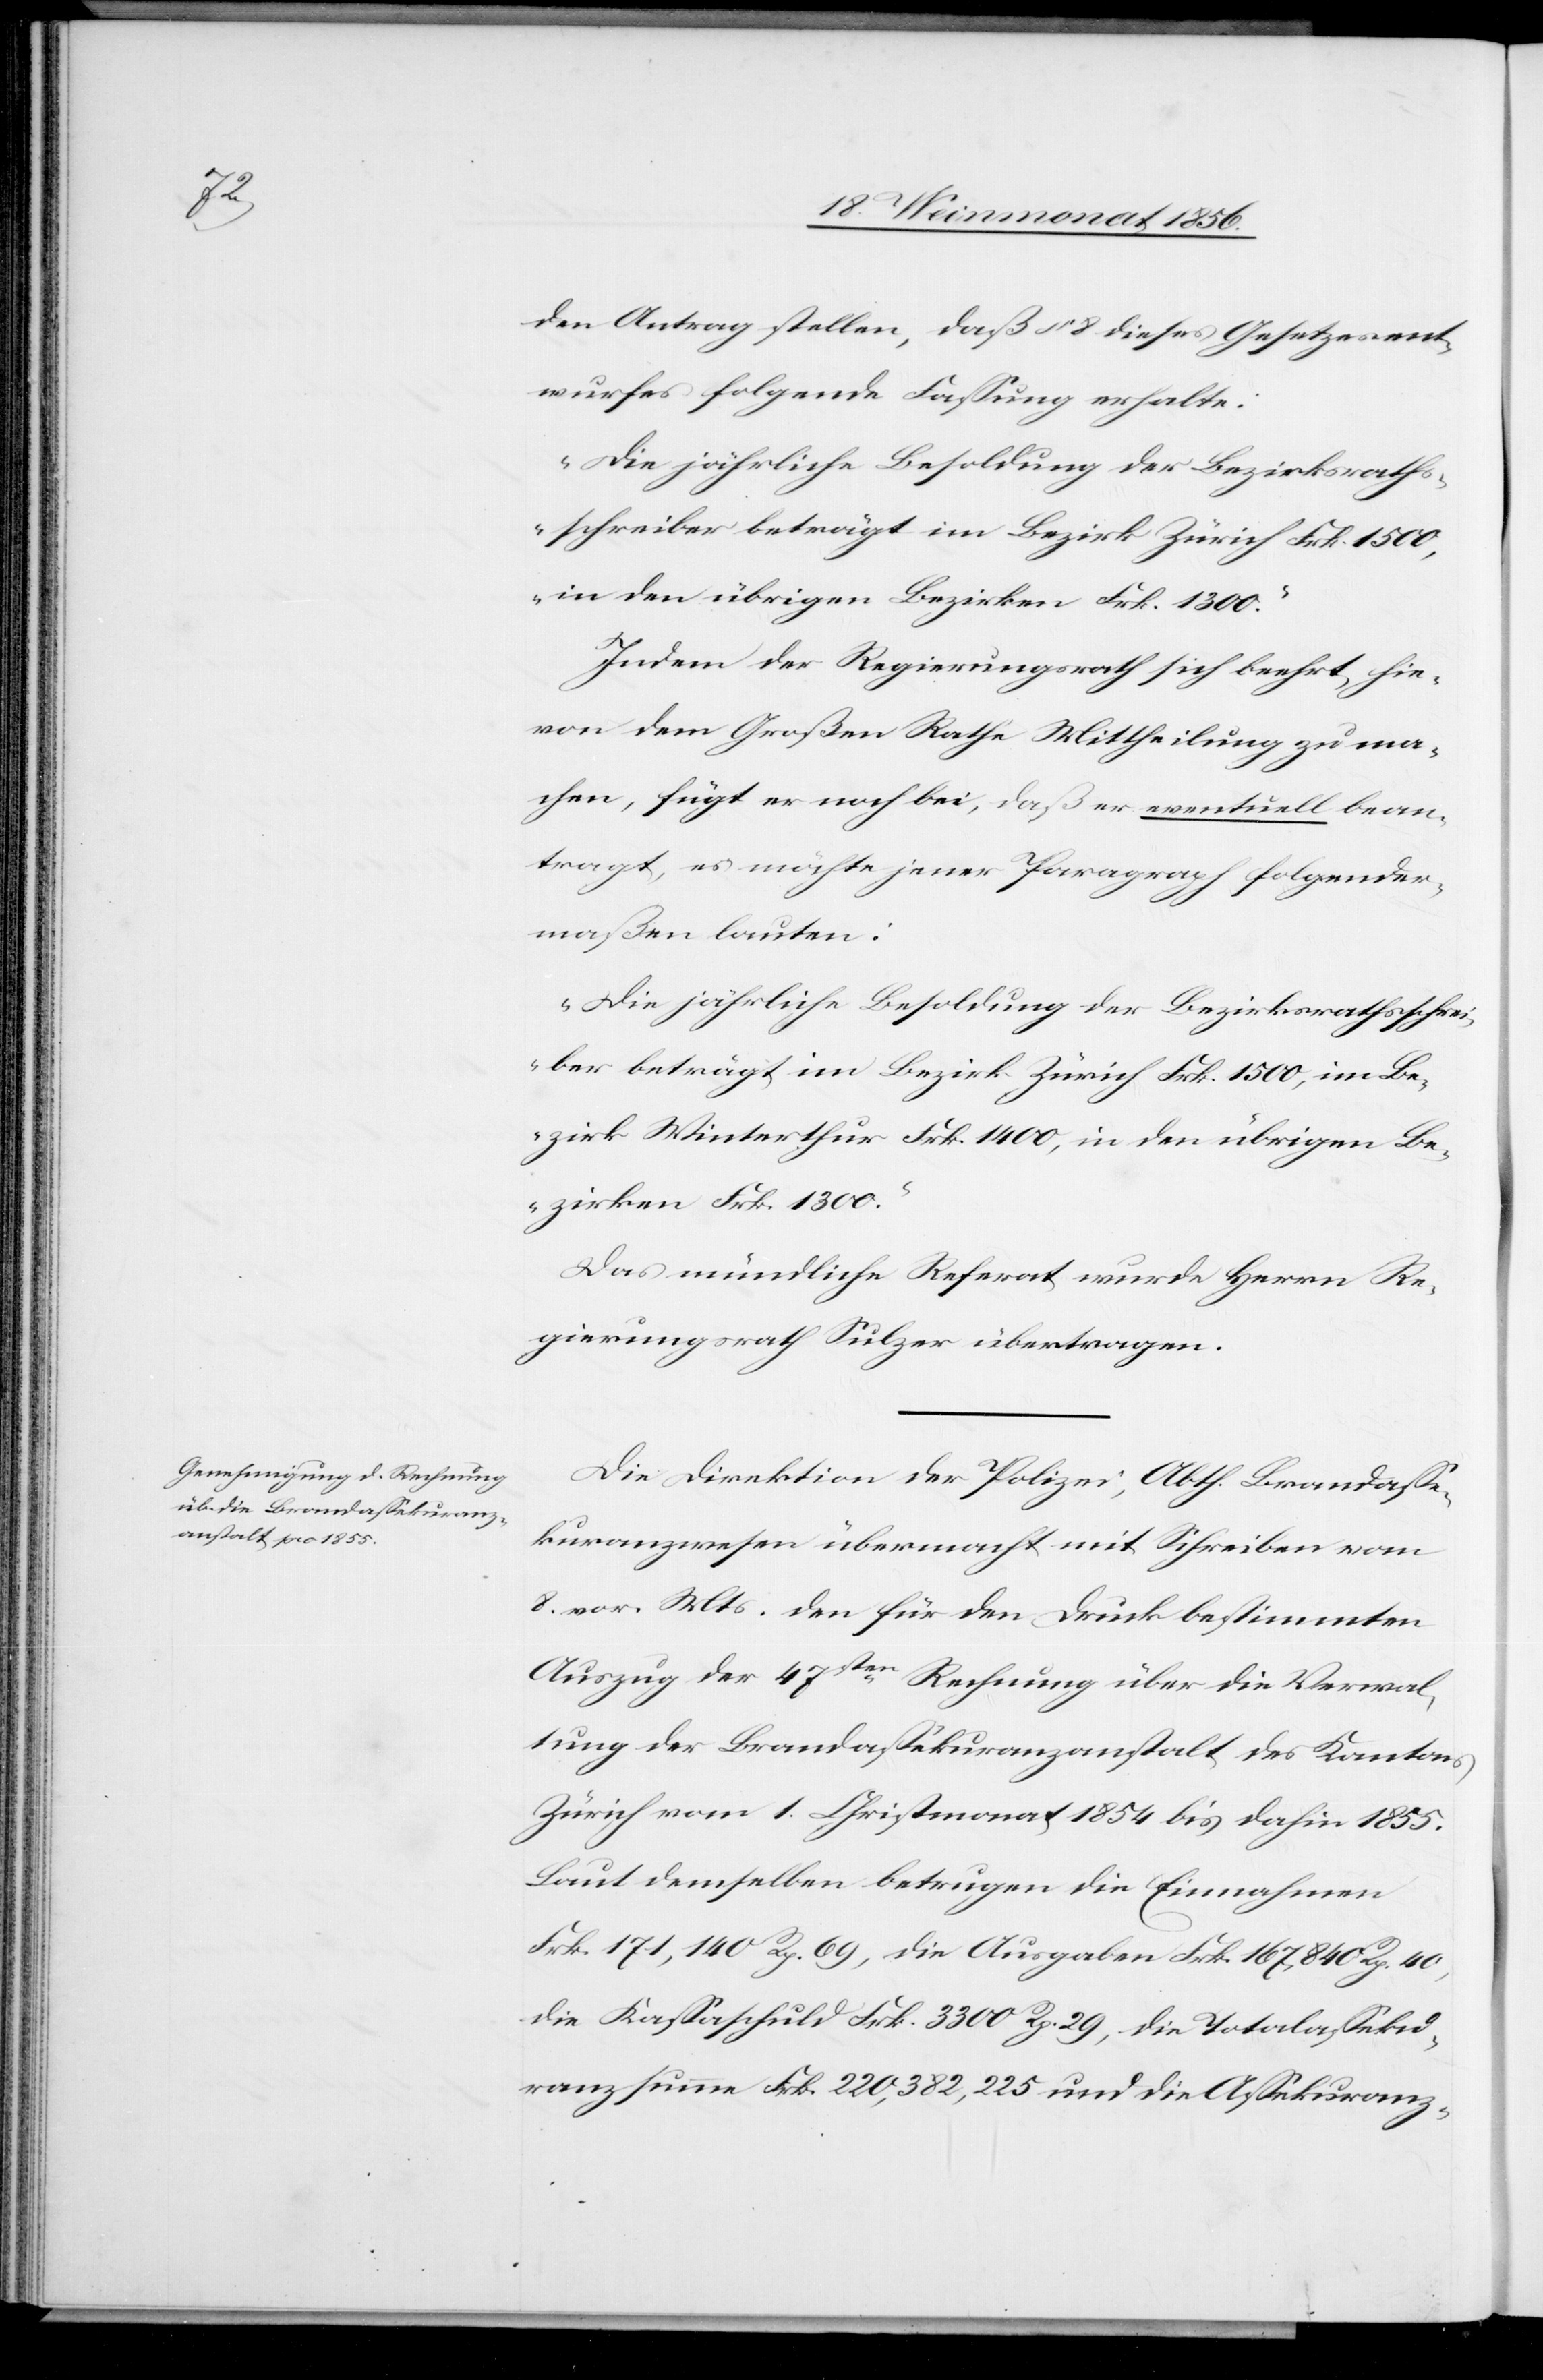
den Antrag stellen, daß § 8 dieses Gesetzesent¬
wurfes folgende Fassung erhalte:
„Die jährliche Besoldung der Bezirksrath¬
sschreiber beträgt im Bezirk Zürich Frk. 1500,
in den übrigen Bezirken Frk. 1300.”
Indem der Regierungsrath sich beehrt, hie¬
von dem Großen Rathe Mittheilung zu ma¬
chen, fügt er noch bei, daß er eventuell bean¬
tragt, es möchte jener Paragraph folgender¬
maßen lauten:
„Die jährliche Besoldung der Bezirksrathsschrei¬
ber beträgt im Bezirk Zürich Frk. 1500, im Be¬
zirk Winterthur Frk. 1400, in den übrigen Be¬
zirken Frk. 1300.”
Das mündliche Referat wurde Herrn Re¬
gierungsrath Sulzer übertragen.
Die Direktion der Polizei, Abth. Brandasse¬
kuranzwesen übermacht mit Schreiben vom
8. vor. Mts. den für den Druck bestimmten
Auszug der 47sten Rechnung über die Verwal¬
tung der Brandassekuranzanstalt des Kantons
Zürich vom 1. Christmonat 1854 bis dahin 1855.
Laut demselben betrugen die Einnahmen
Frk. 171,140 Rp. 69, die Ausgaben Frk. 167,840 Rp. 40,
die Kassaschuld Frk. 3300 Rp. 29, die Totalasseku¬
ranzsumme Frk. 220,382,225 und die Assekuranz-